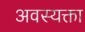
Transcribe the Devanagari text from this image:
अवस्यक्ता